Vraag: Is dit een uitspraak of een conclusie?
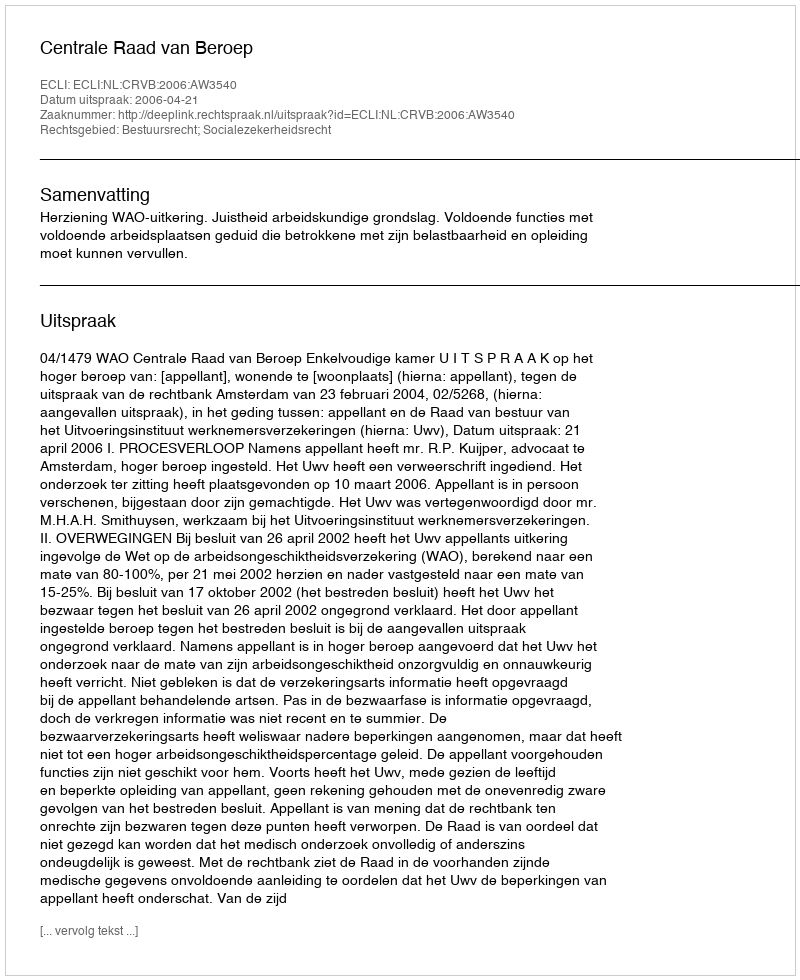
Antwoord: Uitspraak